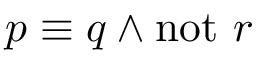
p \equiv q \land \mathrm { n o t } ~ r